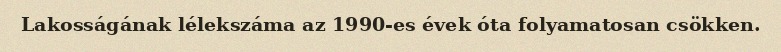
Lakosságának lélekszáma az 1990-es évek óta folyamatosan csökken.